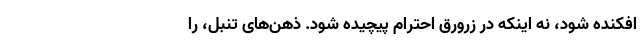
افکنده شود، نه اینکه در زرورق احترام پیچیده شود. ذهن‌های تنبل، را